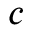
c